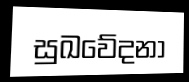
සුඛවේදනා